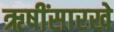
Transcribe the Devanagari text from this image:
ऋषींसारखे